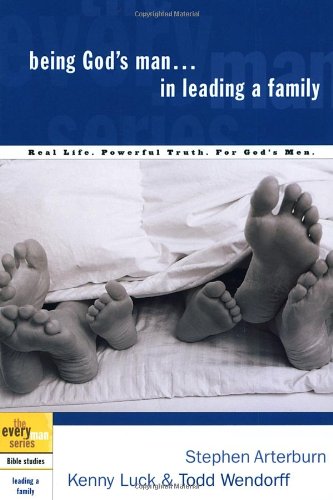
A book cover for Being God's Man in Leading a Family (The Every Man Series); Stephen Arterburn; Christian Books & Bibles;